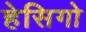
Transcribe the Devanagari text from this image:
हेसिगो